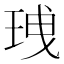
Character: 𤥟